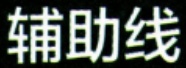
辅助线